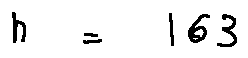
n = 1 6 3